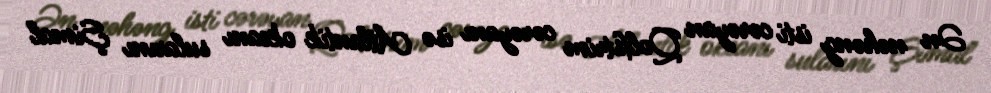
Ən nəhəng isti cərəyan Qolfstrim cərəyanı isə Atlantik okeanı sularını Şimal